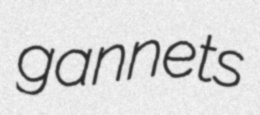
gannets